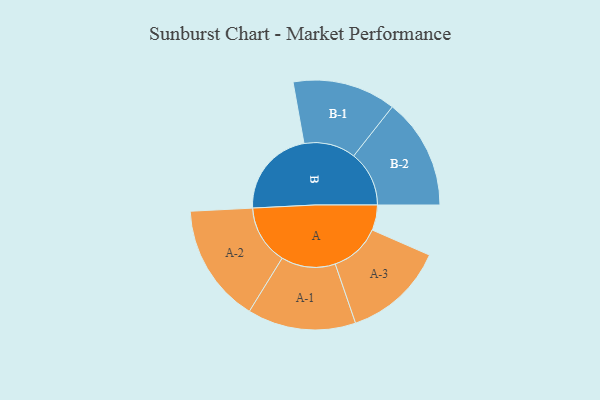
{"axis": {"x": "Segment", "y": "Value"}, "legend": ["", "A", "B"], "data": [{"x": "A", "y": 103, "type": ""}, {"x": "B", "y": 361, "type": ""}, {"x": "A-1", "y": 221, "type": "A"}, {"x": "A-2", "y": 242, "type": "A"}, {"x": "A-3", "y": 207, "type": "A"}, {"x": "B-1", "y": 211, "type": "B"}, {"x": "B-2", "y": 226, "type": "B"}]}